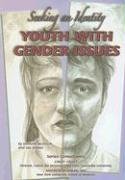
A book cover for Youth with Gender Issues: Seeking an Identity (Helping Youth with Mental, Physical, and Social Challenges); Kenneth McIntosh; Teen & Young Adult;